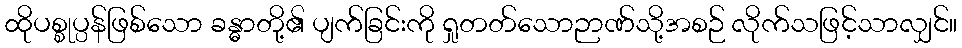
ထိုပစ္စုပ္ပန်ဖြစ်သော ခန္ဓာတို့၏ ပျက်ခြင်းကို ရှုတတ်သောဉာဏ်သို့အစဉ် လိုက်သဖြင့်သာလျှင်။